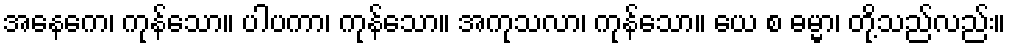
အနေကေ၊ ကုန်သော။ ပါပကာ၊ ကုန်သော။ အကုသလာ၊ ကုန်သော။ ယေ စ ဓမ္မာ၊ တို့သည်လည်း။